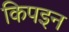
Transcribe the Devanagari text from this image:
किपइन